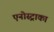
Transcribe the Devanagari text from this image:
एनोस्ट्राका